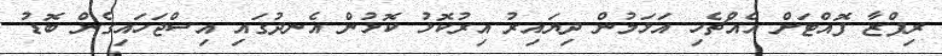
ރިފްޒާ ފޮއްޓަށް އެއްޗެހި އަޅަމުން ދިޔައިރު އިރުކޮޅު ކޮޅުން އެނދުގައި އިސްޖަހައިގެން ބޮޑު